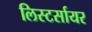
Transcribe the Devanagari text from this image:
लिस्टर्सायर